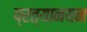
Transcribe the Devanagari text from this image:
प्रत्यानयन